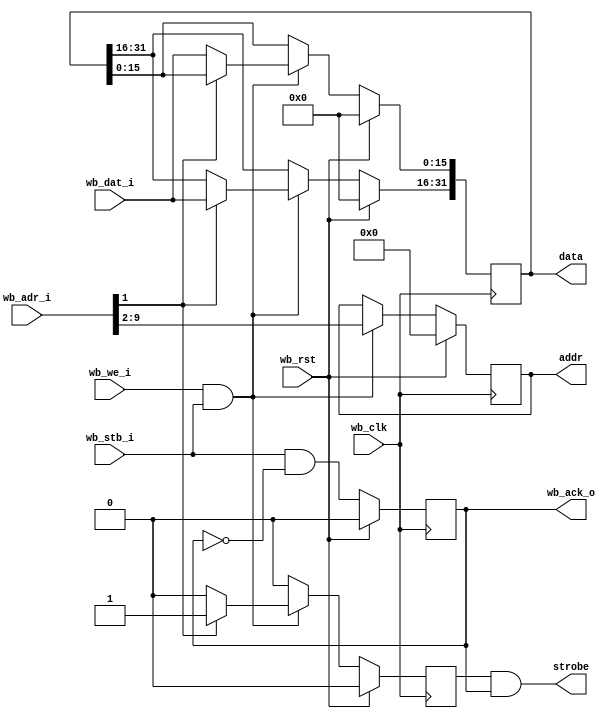

// Grab settings off the wishbone bus, send them out to settings bus
// 16 bits little endian, but all registers need to be written 32 bits at a time.
// This means that you write the low 16 bits first and then the high 16 bits.
// The setting regs are strobed when the high 16 bits are written

module settings_bus_16LE
  #(parameter AWIDTH=16, RWIDTH=8)
    (input wb_clk, 
     input wb_rst, 
     input [AWIDTH-1:0] wb_adr_i,
     input [15:0] wb_dat_i,
     input wb_stb_i,
     input wb_we_i,
     output reg wb_ack_o,
     output strobe,
     output reg [7:0] addr,
     output reg [31:0] data);

   reg 		       stb_int;
   
   always @(posedge wb_clk)
     if(wb_rst)
       begin
	  stb_int <= 1'b0;
	  addr <= 8'd0;
	  data <= 32'd0;
       end
     else if(wb_we_i & wb_stb_i)
       begin
	  addr <= wb_adr_i[RWIDTH+1:2];  // Zero pad high bits
	  if(wb_adr_i[1])
	    begin
	       stb_int <= 1'b1;     // We now have both halves
	       data[31:16] <= wb_dat_i;
	    end
	  else
	    begin
	       stb_int <= 1'b0;     // Don't strobe, we need other half
	       data[15:0] <= wb_dat_i;
	    end
       end
     else
       stb_int <= 1'b0;

   always @(posedge wb_clk)
     if(wb_rst)
       wb_ack_o <= 0;
     else
       wb_ack_o <= wb_stb_i & ~wb_ack_o;

   assign strobe = stb_int & wb_ack_o;
          
endmodule // settings_bus_16LE